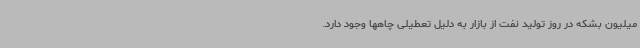
میلیون بشکه در روز تولید نفت از بازار به دلیل تعطیلی چاهها وجود دارد.